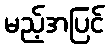
မည့်အပြင်